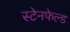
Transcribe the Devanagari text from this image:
स्टेनफेल्ड